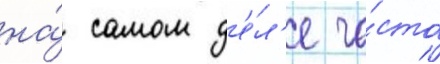
на́ самом д'е́л'е ча́сто